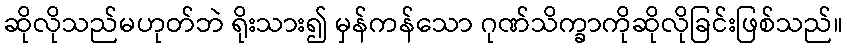
ဆိုလိုသည်မဟုတ်ဘဲ ရိုးသား၍ မှန်ကန်သော ဂုဏ်သိက္ခာကိုဆိုလိုခြင်းဖြစ်သည်။